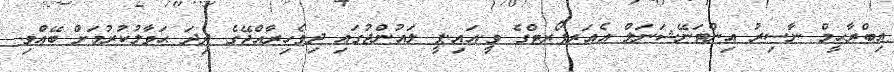
އިބްރާޙީމް ނާސިރު އިންޓަނޭޝަނަލް އެއަރޕޯރޓްގެ ވީ.އައި.ޕީ ލައުންޖުގައި ދިވެހިރާއްޖޭގެ ދިދަ ޙަވާލުކުރުމަށް ބޭއްވި